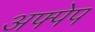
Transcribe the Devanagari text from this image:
अफ्पेप